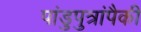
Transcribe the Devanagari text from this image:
पांडुपुत्रांपैकी